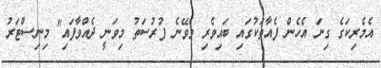
އެމެރިކަގެ ގިނަ އެހެން ފެއާތަކުގައި ބައިވެރި ވެވޭނެ ފުރުސަތު މިވަނީ ދެއްވާފައި" މިނިސްޓަރު